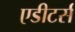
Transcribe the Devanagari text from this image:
एडीटर्स